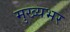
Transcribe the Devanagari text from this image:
मुख्यभर